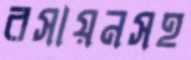
রসায়নসহ